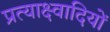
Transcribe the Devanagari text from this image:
प्रत्याक्ष्वादियों